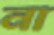
না